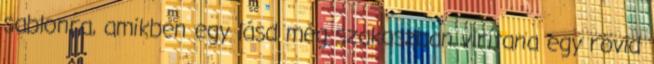
sablonra, amikben egy lásd még szakaszban virítana egy rövid